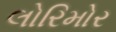
લોરિમોર